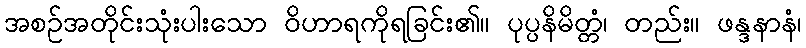
အစဉ်အတိုင်းသုံးပါးသော ဝိဟာရကိုရခြင်း၏။ ပုပ္ပနိမိတ္တံ၊ တည်း။ ဖန္ဒနာနံ၊